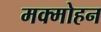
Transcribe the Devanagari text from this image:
मक्मोहन